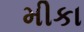
મીકા